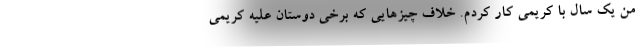
من یک سال با کریمی کار کردم. خلاف چیزهایی که برخی دوستان علیه کریمی